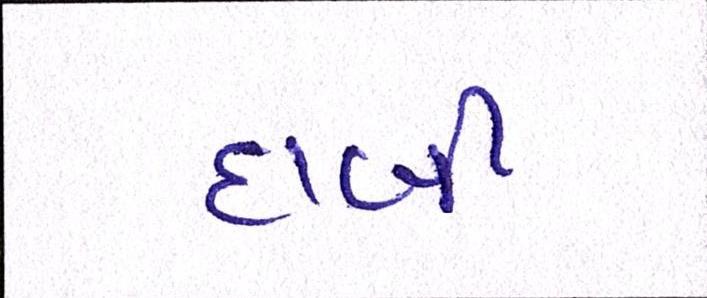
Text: દાબી